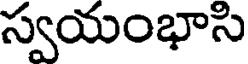
స్వయంభాసి